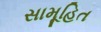
સામૂહિત